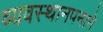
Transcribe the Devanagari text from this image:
व्यवस्थानपनाने